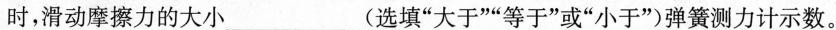
时，滑动摩擦力的大小(选填”大于””等于”或”小于”)弹簧测力计示数。